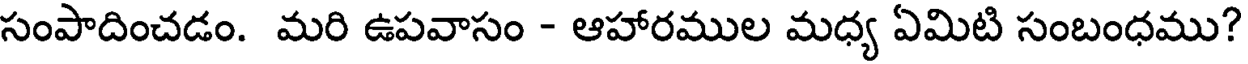
సంపాదించడం. మరి ఉపవాసం - ఆహారముల మధ్య ఏమిటి సంబంధము?